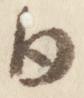
日